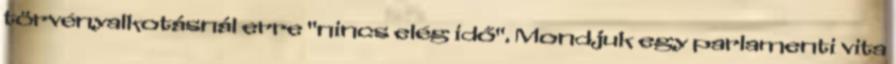
törvényalkotásnál erre "nincs elég idő". Mondjuk egy parlamenti vita